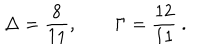
LaTeX: \Delta = \frac { 8 } { 1 1 } , \qquad \Gamma = \frac { 1 2 } { 1 1 } \ .